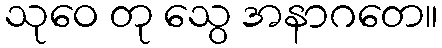
သုဝေ တု သွေ အနာဂတေ။